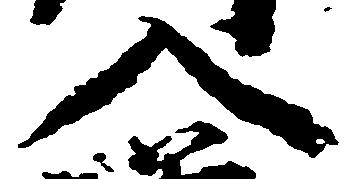
入